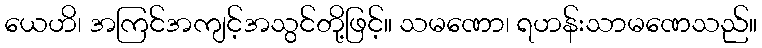
ယေဟိ၊ အကြင်အကျင့်အသွင်တို့ဖြင့်။ သမဏော၊ ရဟန်းသာမဏေသည်။